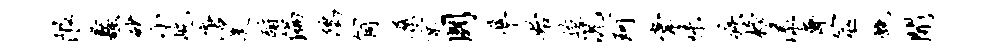
限蠡砂小屹唐昊酹偏鸱筒桑京国准始迨况珂掌味疾榜漾斋筮慨开